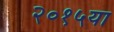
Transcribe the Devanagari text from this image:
२०१५या